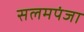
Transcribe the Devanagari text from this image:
सलमपंजा